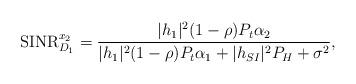
LaTeX: \begin{align*} {\rm SINR}_{D_1}^{x_2} = \frac{|h_1|^2 (1-\rho) P_t \alpha_2 }{ |h_1|^2 (1-\rho) P_t \alpha_1 + |h_{SI}|^2P_H + \sigma^2},\end{align*}